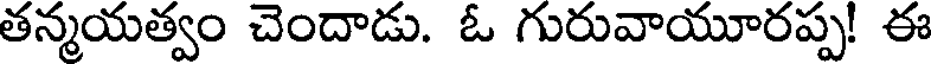
తన్మయత్వం చెందాడు. ఓ గురువాయూరప్ప! ఈ